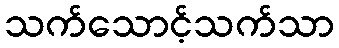
သက်သောင့်သက်သာ